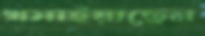
খসাইয়াছেন